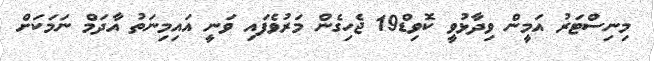
މިނިސްޓަރު އަމީން ވިދާޅުވީ ކޮވިޑް19 ޖެހިގެން މަރުވެފައި ވަނީ އައިމިނަތު އާދަމް ނަމަކަށް